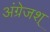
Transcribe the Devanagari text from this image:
अंग्रेजश्